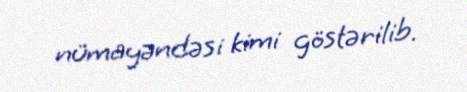
nümayəndəsi kimi göstərilib.